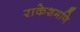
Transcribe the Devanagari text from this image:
राकेशमणि